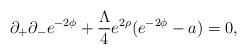
LaTeX: \begin{align*}\partial_{+}\partial_{-}e^{-2\phi} +\frac{\Lambda}{4}e^{2\rho} (e^{-2\phi}-a)=0,\end{align*}